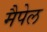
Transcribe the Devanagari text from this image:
मैपेल